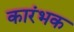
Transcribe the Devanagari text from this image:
कारंभक